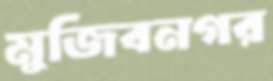
মুজিবনগর